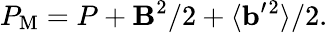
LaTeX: P_{\mathrm{{M}}}=P+{\mathbf{B}}^{2}/2+\langle{{\mathbf{b}}^{\prime}{}^{2}}\rangle/2.